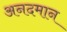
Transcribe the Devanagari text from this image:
अनदमान